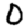
Digit: 0